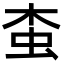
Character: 𧉓